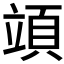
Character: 𥪙